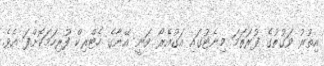
އިތުރު ވަގުތުގެ ފުރަތަމަ މިނެޓުގައި އަގުއެރޯ ވަނީ އޭނާގެ ހެޓްރިކް ފުރިހަމަކޮށްފަ އެވެ.